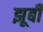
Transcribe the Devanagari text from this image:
झूबी